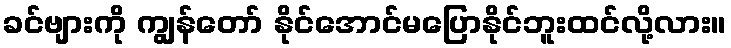
ခင်ဗျားကို ကျွန်တော် နိုင်အောင်မပြောနိုင်ဘူးထင်လို့လား။